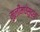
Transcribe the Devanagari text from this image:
मुलींमधेसुद्धा